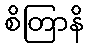
စိတြာနိ